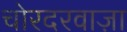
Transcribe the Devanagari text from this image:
चोरदरवाज़ा